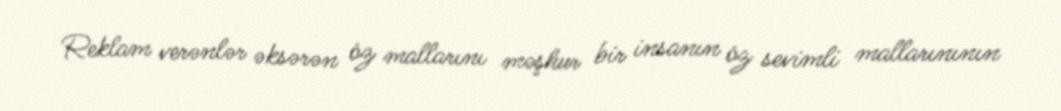
Reklam verənlər əksərən öz mallarını məşhur bir insanın öz sevimli mallarınının